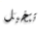
تتخيل